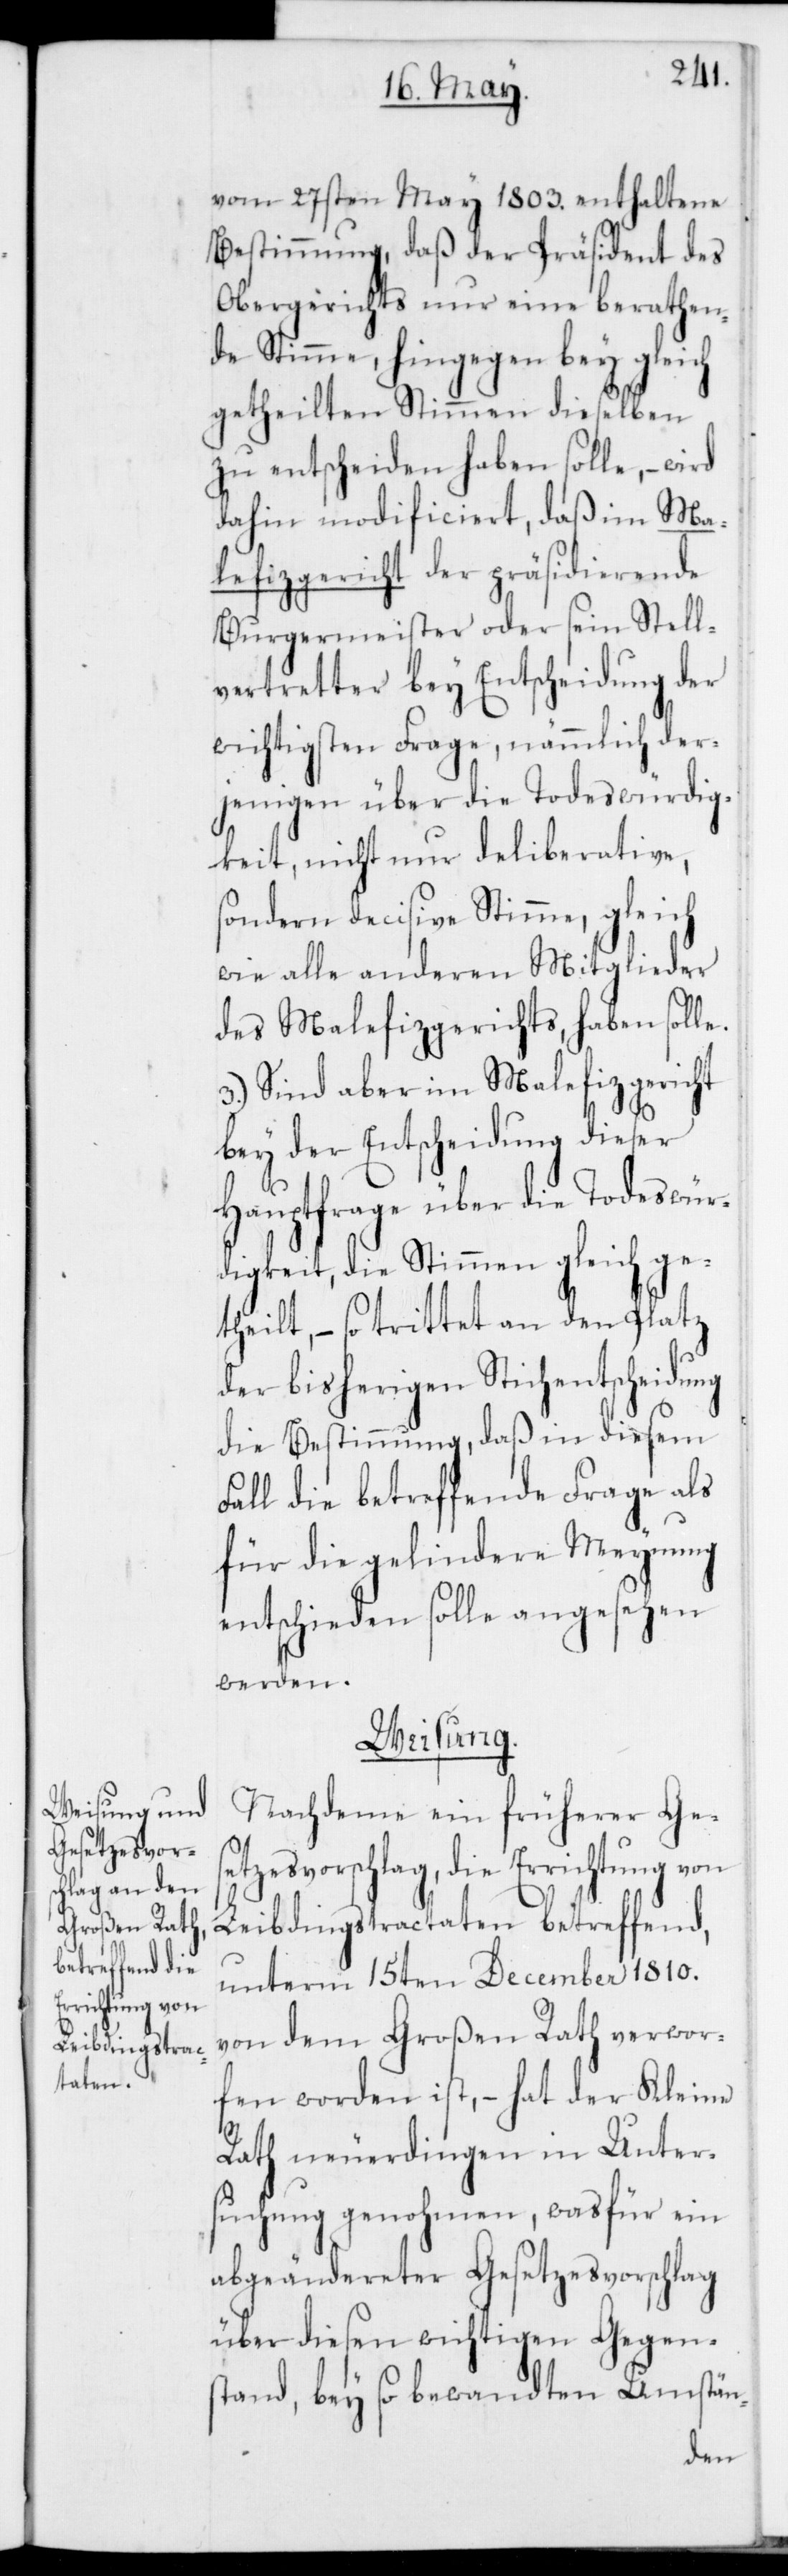
vom 27sten May 1803. enthaltene
Bestimmung, daß der Präsident des
Obergerichts nur eine berathen¬
de Stimme, hingegen bey gleich
getheilten Stimmen dieselben
zu entscheiden haben solle, –
dahin modificiert, daß im Ma¬
lefizgericht der präsidierende
Burgermeister oder sein Stell¬
vertreter bey Entscheidung der
wichtigsten Frage, nämmlich der¬
jenigen über die Todeswürdig¬
keit, nicht nur deliberative,
sondern decisive Stimme, gleich
wie alle anderen Mitglieder
des Malefizgerichts, haben solle.
3.) Sind aber im Malefizgericht
bey der Entscheidung dieser
Hauptfrage über die Todeswür¬
digkeit, die Stimmen gleichge¬
theilt, – so trittet an den Platz
der bisherigen Stichentscheidung
die Bestimmung, daß in diesem
Fall die betreffende Frage als
für die gelindere Meynung
entschieden solle angesehen
werden.
Weisung.
Nachdeme ein früherer Ges¬
etzesvorschlag, die Errichtung von
Leibdingstractaten betreffend,
unterm 15ten December 1810.
von dem Großen Rath verwor¬
fen worden ist, – hat der Kleine
Rath neuerdingen in Unter¬
suchung genohmen, was für ein
abgeändereter Gesetzesvorschlag
über diesen wichtigen Gegens¬
tand, bey so bewandten Umstän-